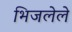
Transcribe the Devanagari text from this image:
भिजलेले